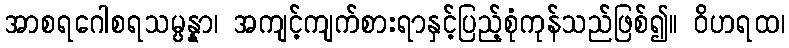
အာစရဂေါစရသမ္ပန္နာ၊ အကျင့်ကျက်စားရာနှင့်ပြည့်စုံကုန်သည်ဖြစ်၍။ ဝိဟရထ၊